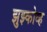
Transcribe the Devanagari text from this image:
झुझ्कोव्ह